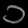
Digit: ၁